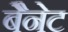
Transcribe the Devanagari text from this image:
बैेनेट